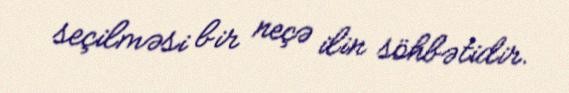
seçilməsi bir neçə ilin söhbətidir.